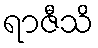
ရာဇီသိ